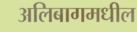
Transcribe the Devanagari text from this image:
अलिबागमधील